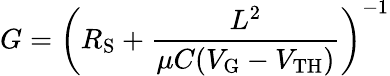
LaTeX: G=\left(R_{\mathrm S}+\frac{L^{2}}{\mu C(V_{\mathrm G}-V_{\mathrm{TH}})}\right)^{-1}